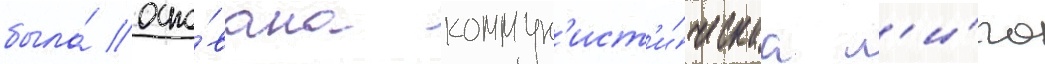
была́ осно́вана коммун'ист'и́ческаа л'и́га